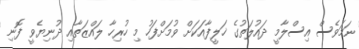
ނަމަވެސް އިސްލާމީ ދައުލަތުގެ ޚަލީފާއަކަށް ވުމަށްފަހު މި ހުރިހާ ލައްޒަތާއި ދުނިޔެވީ ފޮނި